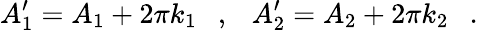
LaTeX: A_{1}^{\prime}=A_{1}+2\pi k_{1}\ \ \ ,\ \ \ A_{2}^{\prime}=A_{2}+2\pi k_{2}\ \ \ .